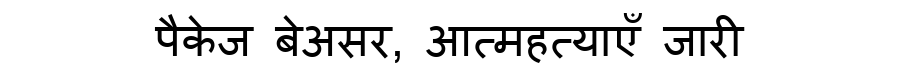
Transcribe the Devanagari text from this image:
पैकेज बेअसर, आत्महत्याएँ जारी